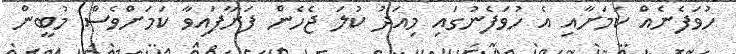
ހުވަފެނެއް ކަމަށާއި އެ ހުވަފެނުގައި މިއަދު ކުލަ ޖެހެން ފަށާފައިވާ ކަމަށްވެސް މުބީން